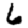
Digit: 6